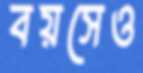
বয়সেও